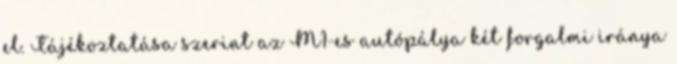
el. Tájékoztatása szerint az M1-es autópálya két forgalmi iránya